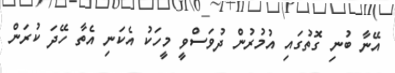
އޭނާ ބުނި ގޮތުގައި އުމުރުން ދުވަސްވީ މީހަކު އެކަނި އެތާ ހޭދަ ކުރަން